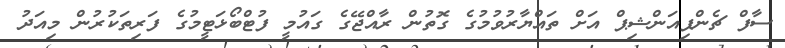
ސާފް ޗެންޕިއަންޝިޕް އަށް ތައްޔާރުވުމުގެ ގޮތުން ރާއްޖޭގެ ގައުމީ ފުޓްބޯޅަޓީމުގެ ފަރިތަކުރުން މިއަދު